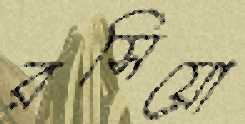
রসিয়ো